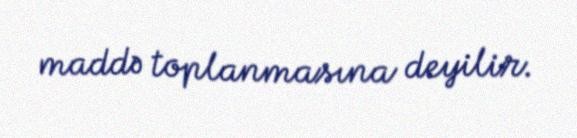
maddə toplanmasına deyilir.